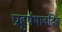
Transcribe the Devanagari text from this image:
प्राहुर्यथावदिह